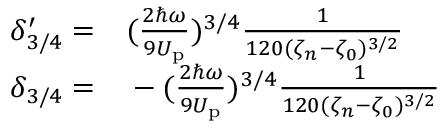
\begin{array} { r l } { \delta _ { 3 / 4 } ^ { \prime } = } & { { } ( \frac { 2 \hbar \omega } { 9 U _ { \mathrm { p } } } ) ^ { 3 / 4 } \frac { 1 } { 1 2 0 ( \zeta _ { n } - \zeta _ { 0 } ) ^ { 3 / 2 } } } \\ { \delta _ { 3 / 4 } = } & { { } - ( \frac { 2 \hbar \omega } { 9 U _ { \mathrm { p } } } ) ^ { 3 / 4 } \frac { 1 } { 1 2 0 ( \zeta _ { n } - \zeta _ { 0 } ) ^ { 3 / 2 } } } \end{array}